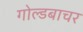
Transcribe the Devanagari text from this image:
गोल्डबाचर